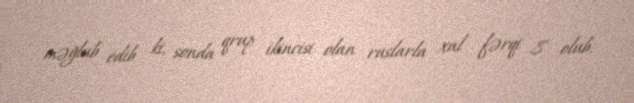
məğlub edib ki, sonda qrup ikincisi olan ruslarla xal fərqi 8 olub.